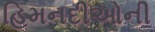
હિમનદીઓની